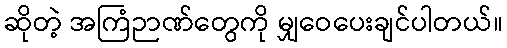
ဆိုတဲ့ အကြံဉာဏ်တွေကို မျှဝေပေးချင်ပါတယ်။